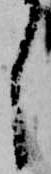
し